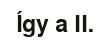
Így a II.